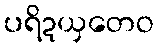
ပရိဍယှတေဝ